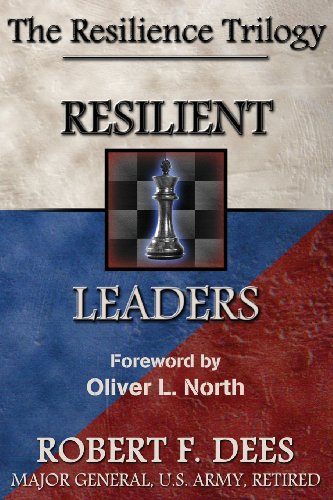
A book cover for Resilient Leaders--The Resilience Trilogy; Robert F. Dees; Christian Books & Bibles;